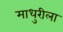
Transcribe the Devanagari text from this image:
माधुरीला